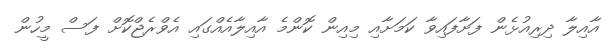
އާއިލާ ދިރިއުޅެން ފަށާފައިވާ ކަމަށާއި މިއިން ކޮންމެ އާއިލާއެއްގައި އެވްރެޖްކޮށް ފަސް މީހުން